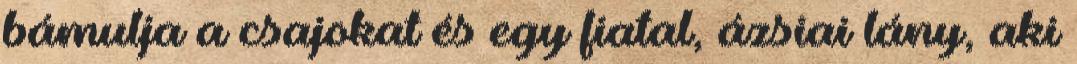
bámulja a csajokat és egy fiatal, ázsiai lány, aki